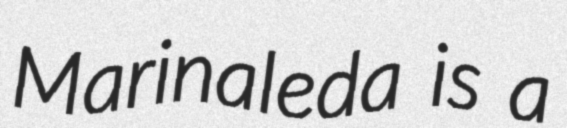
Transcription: Marinaleda is a